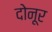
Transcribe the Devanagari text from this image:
दोनूर